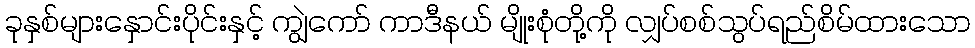
ခုနှစ်များနှောင်းပိုင်းနှင့် ကျွဲကော် ကာဒီနယ် မျိုးစုံတို့ကို လျှပ်စစ်သွပ်ရည်စိမ်ထားသော